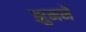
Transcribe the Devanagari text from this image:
झुमने